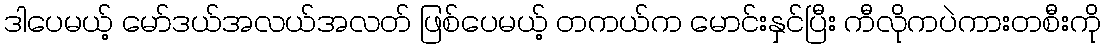
ဒါပေမယ့် မော်ဒယ်အလယ်အလတ် ဖြစ်ပေမယ့် တကယ်က မောင်းနှင်ပြီး ကီလိုကပဲကားတစီးကို